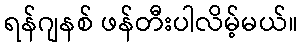
ရန်ဂျနစ် ဖန်တီးပါလိမ့်မယ်။